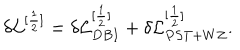
\delta { \cal L } ^ { [ \frac { 1 } { 2 } ] } = \delta { \cal L } _ { D B I } ^ { [ \frac { 1 } { 2 } ] } + \delta { \cal L } _ { P S T + W Z } ^ { [ \frac { 1 } { 2 } ] } .